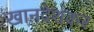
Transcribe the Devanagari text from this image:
खानदेशकर